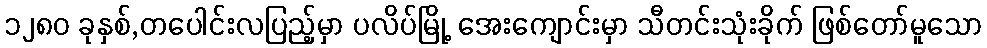
၁၂၈၀ ခုနှစ်,တပေါင်းလပြည့်မှာ ပလိပ်မြို့ အေးကျောင်းမှာ သီတင်းသုံးခိုက် ဖြစ်တော်မူသော